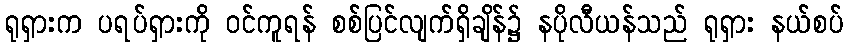
ရုရှားက ပရပ်ရှားကို ဝင်ကူရန် စစ်ပြင်လျက်ရှိချိန်၌ နပိုလီယန်သည် ရုရှား နယ်စပ်